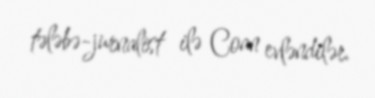
tələbə-jurnalist ilə Coan evləndilər.